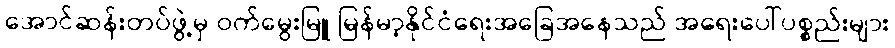
အောင်ဆန်းတပ်ဖွဲ့မှ ဝက်မွေးမြူ မြန်မာ့နိုင်ငံရေးအခြေအနေသည် အရေးပေါ်ပစ္စည်းများ